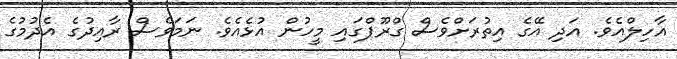
އާހިލްއެވެ. އަދި އޭގެ އިތުރަށްވެސް ގްރޫޕްގައި މީހުން އުޅެއެވެ. ނަމަވެސް ރާއިދުގެ އެދުމުގެ